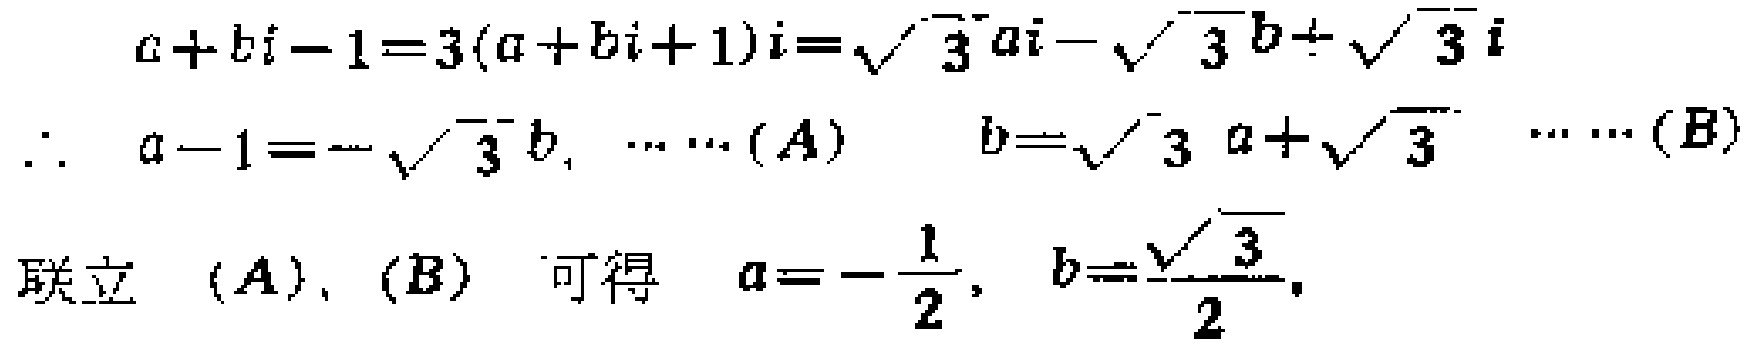
\[
\begin{align*}
a + bi - 1&=3(a + bi + 1)i=\sqrt{3}ai-\sqrt{3}b+\sqrt{3}i\\
\therefore\quad a - 1&=-\sqrt{3}b,\quad\cdots\cdots(A)\quad b=\sqrt{3}a+\sqrt{3}\quad\cdots\cdots(B)\\
\text{联立 }(A),(B)\text{ 可得 }\quad a&=-\frac{1}{2},\quad b = \frac{\sqrt{3}}{2}
\end{align*}
\]